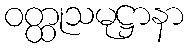
ဝတ္ထုသမုဋ္ဌာနာ